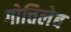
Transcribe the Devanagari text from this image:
गोत्तिलेब